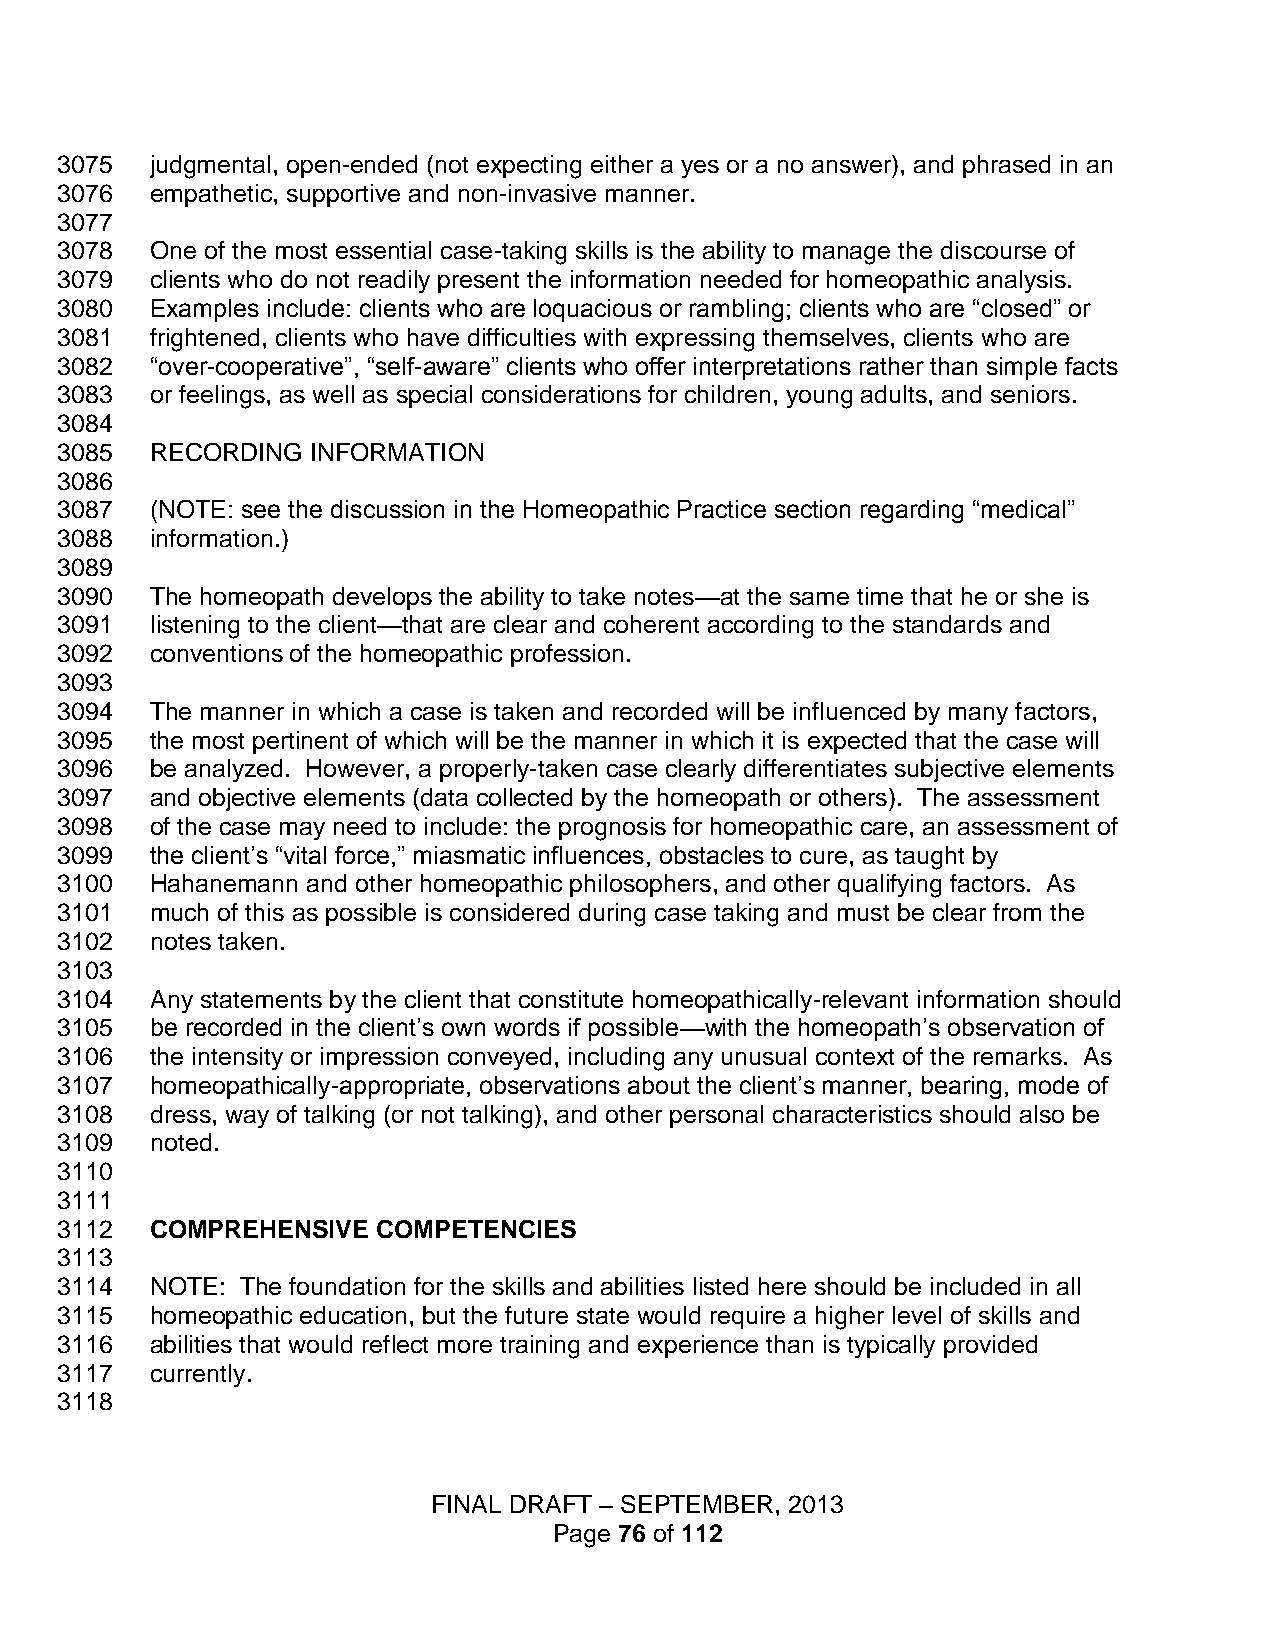
3075  judgmental, open-ended (not expecting either a yes or a no answer), and phrased in an
 3076  empathetic, supportive and non-invasive manner.
 3077
 3078  One of the most essential case-taking skills is the ability to manage the discourse of
 3079  clients who do not readily present the information needed for homeopathic analysis.
 3080  Examples include: clients who are loquacious or rambling; clients who are “closed” or
 3081  frightened, clients who have difficulties with expressing themselves, clients who are
 3082  “over-cooperative”, “self-aware” clients who offer interpretations rather than simple facts
 3083  or feelings, as well as special considerations for children, young adults, and seniors.
 3084
 3085  RECORDING  INFORMATION
 3086
 3087  (NOTE: see the discussion in the Homeopathic Practice section regarding “medical”
 3088  information.)
 3089
 3090  The homeopath develops the ability to take notes—at the same time that he or she is
 3091  listening to the client—that are clear and coherent according to the standards and
 3092  conventions of the homeopathic profession.
 3093
 3094  The manner in which a case is taken and recorded will be influenced by many factors,
 3095  the most pertinent of which will be the manner in which it is expected that the case will
 3096  be analyzed. However, a properly-taken case clearly differentiates subjective elements
 3097  and objective elements (data collected by the homeopath or others). The assessment
 3098  of the case may need to include: the prognosis for homeopathic care, an assessment of
 3099  the client’s “vital force,” miasmatic influences, obstacles to cure, as taught by
 3100  Hahanemann and other homeopathic philosophers, and other qualifying factors. As
 3101  much of this as possible is considered during case taking and must be clear from the
 3102  notes taken.
 3103
 3104  Any statements by the client that constitute homeopathically-relevant information should
 3105  be recorded in the client’s own words if possible—with the homeopath’s observation of
 3106  the intensity or impression conveyed, including any unusual context of the remarks. As
 3107  homeopathically-appropriate, observations about the client’s manner, bearing, mode of
 3108  dress, way of talking (or not talking), and other personal characteristics should also be
 3109  noted.
 3110
 3111
 3112  COMPREHENSIVE  COMPETENCIES
 3113
 3114  NOTE: The foundation for the skills and abilities listed here should be included in all
 3115  homeopathic education, but the future state would require a higher level of skills and
 3116  abilities that would reflect more training and experience than is typically provided
 3117  currently.
 3118
 FINAL DRAFT – SEPTEMBER, 2013
 Page 76 of 112